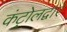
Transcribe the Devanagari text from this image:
कंट्रोलद्वारे